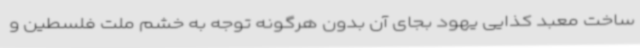
ساخت معبد کذایی یهود بجای آن بدون هرگونه توجه به خشم ملت فلسطین و